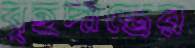
বৃহদান্ত্রের